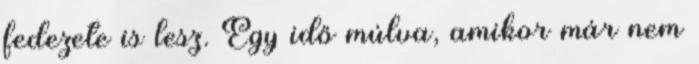
fedezete is lesz. Egy idő múlva, amikor már nem